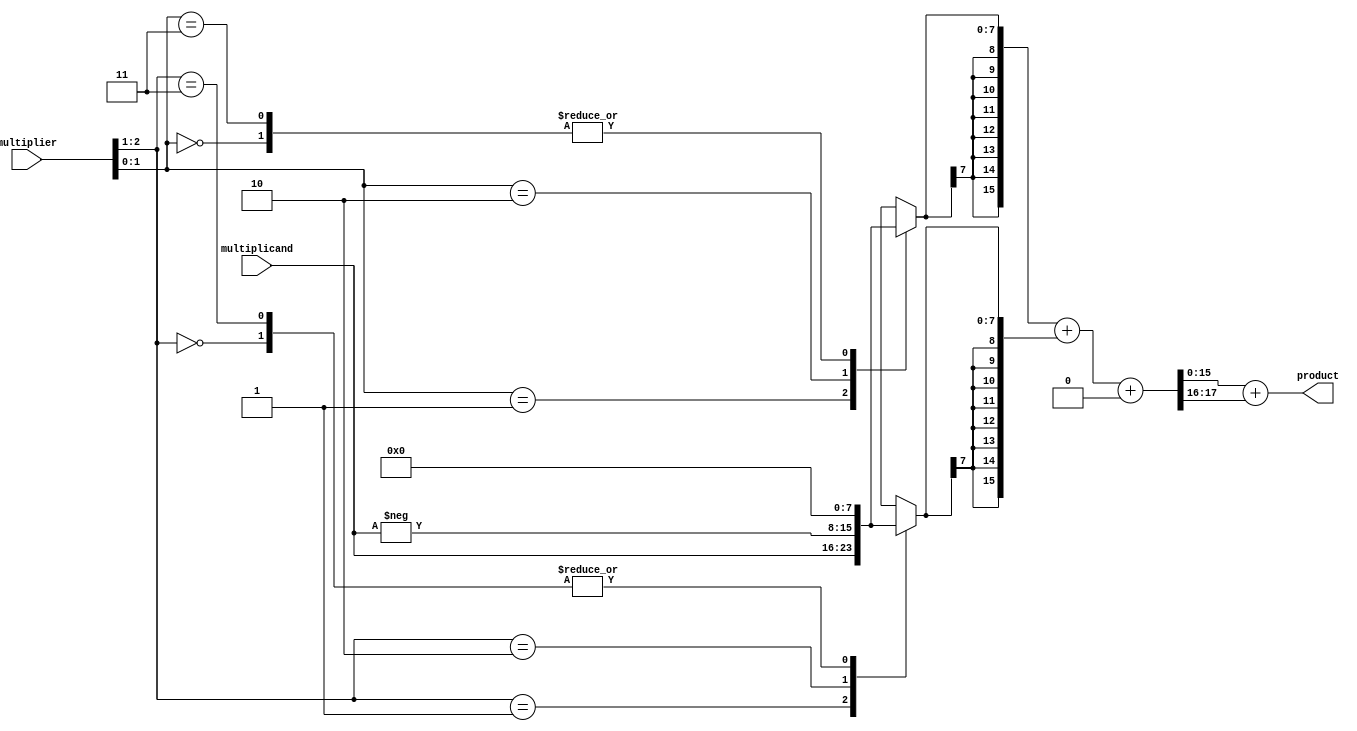
module booth_multiplier #(
    parameter N = 8, // Bit-width for multiplicand
    parameter M = 8  // Bit-width for multiplier
)(
    input signed [N-1:0] multiplicand,
    input signed [M-1:0] multiplier,
    output signed [(N + M)-1:0] product
);

    // Booth Encoder
    reg signed [N-1:0] pp [0:M-1];  // Partial products
    reg [M:0] multiplier_ext;  // Extended multiplier for Booth's algorithm
    
    integer i;
    
    always @(*) begin
        // Initialize partial products to 0
        for (i = 0; i < M; i = i + 1) begin
            pp[i] = 0;
        end
        
        // Extend the multiplier for Booth encoding
        multiplier_ext = {multiplier[M-1], multiplier}; // Add an extra bit to the left
        
        for (i = 0; i < M; i = i + 1) begin
            case (multiplier_ext[i+1:i])
                2'b00: pp[i] = 0; // No contribution
                2'b01: pp[i] = multiplicand; // Add multiplicand
                2'b10: pp[i] = -multiplicand; // Subtract multiplicand
                2'b11: pp[i] = 0; // No contribution
            endcase
        end
    end

    // Wallace Tree Reduction
    wire [(N + M)-1:0] sum [0:M-1];
    wire [(N + M)-1:0] carry [0:M-1];

    // Initialize sum and carry
    generate
        genvar j;
        for (j = 0; j < M; j = j + 1) begin: pp_gen
            assign sum[j] = pp[j];
            assign carry[j] = 0;
        end
    endgenerate

    // Wallace Tree Logic
    wire [(N + M)-1:0] final_sum;
    wire [(N + M)-1:0] final_carry;
    
    // Full adder and half adder logic for Wallace Tree
    // This is a simplistic representation; expand as necessary for actual hardware
    // The implementation here assumes sufficient bits for sum and carry

    // Final addition logic to combine the sums
    assign {final_carry, final_sum} = sum[0] + sum[1] + carry[0];
    assign product = final_sum + final_carry; // Adjust as needed for final carry bits

endmodule